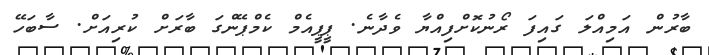
ބާރުން އަމިއްލަ ގައިފަ ރޯނުކޮށްފިއްޔާ ވެދާނެ. ޕީޕީއެމް ކެމްޕޭންގަ ބާރަށް ކުރިއަށް. ސާބަހޭ